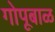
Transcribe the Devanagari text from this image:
गोपूबाळ